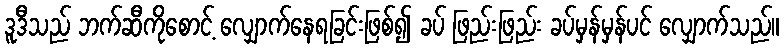
ဒူဒီသည် ဘက်ဆီကိုစောင့် လျှောက်နေရခြင်းဖြစ်၍ ခပ် ဖြည်းဖြည်း ခပ်မှန်မှန်ပင် လျှောက်သည်။